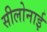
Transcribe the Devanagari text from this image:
सीलोनाई